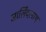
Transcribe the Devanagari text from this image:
जालिँदरनाथ